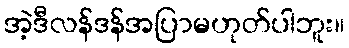
အဲ့ဒီလန်ဒန်အပြာမဟုတ်ပါဘူး။